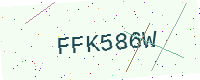
Text: FFK586W